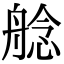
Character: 艌